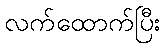
လက်ထောက်ပြီး